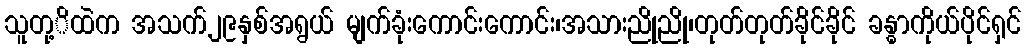
သူတု့ိထဲက အသက်၂၉နှစ်အရွယ် မျက်ခုံးကောင်းကောင်း၊အသားညိုညို၊တုတ်တုတ်ခိုင်ခိုင် ခန္ဓာကိုယ်ပိုင်ရှင်